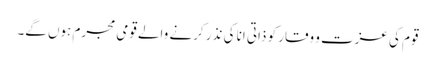
قوم کی عزت و وقار کو ذاتی انا کی نذر کرنے والے قومی مجرم ہوں گے۔